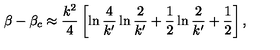
\beta - \beta _ { c } \approx { \frac { k ^ { 2 } } { 4 } } \left[ \ln { \frac { 4 } { k ^ { \prime } } } \ln { \frac { 2 } { k ^ { \prime } } } + { \frac { 1 } { 2 } } \ln { \frac { 2 } { k ^ { \prime } } } + { \frac { 1 } { 2 } } \right] ,